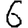
Digit: 6